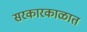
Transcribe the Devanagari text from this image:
सरकारकाळात